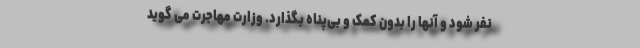
نفر شود و آنها را بدون کمک و بی‌پناه بگذارد. وزارت مهاجرت می گوید